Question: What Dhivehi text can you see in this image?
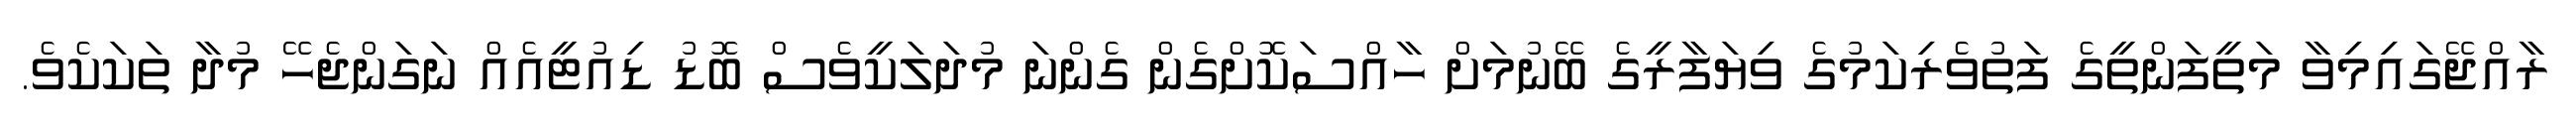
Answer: ރާއްޖޭގައިމިވާ މަތީފަންތީގެ ފަތުވެރިކަމުގެ ވިޔަފާރީގެ ބޭނުމަށް ހާއްސަކޮށްގެން ގެންނަ މުދަލަކީވެސް ބޮޑު ޑިއުޓީއެއް ނަގަންޖެހޭ މުދާ ތަކަކެވެ.